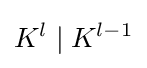
K^{l}\mid K^{l-1}